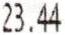
23.44